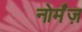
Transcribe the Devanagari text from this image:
नोर्मंज़